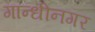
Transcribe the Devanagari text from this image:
गान्धीनगर